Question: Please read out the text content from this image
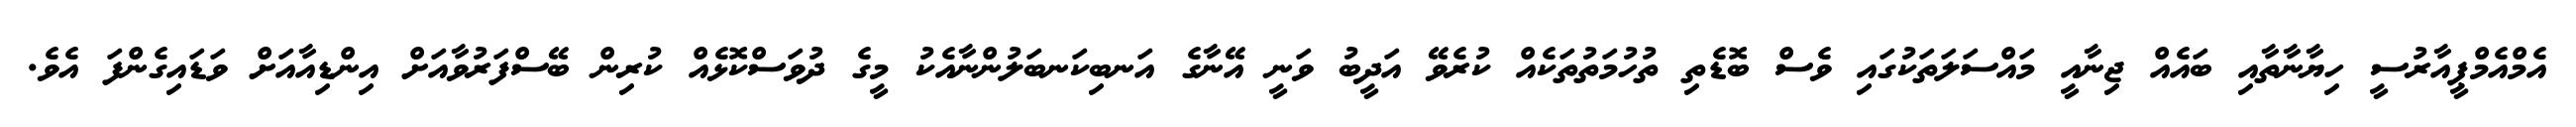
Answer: އެމްއެމްޕީއާރުސީ ހިޔާނާތާއި ބައެއް ޖިނާއީ މައްސަލަތަކުގައި ވެސް ބޮޑެތި ތުހުމަތުތަކެއް ކުރެވޭ އަދީބު ވަނީ އޭނާގެ އަނބިކަނބަލުންނާއެކު މީގެ ދުވަސްކޮޅެއް ކުރިން ބޭސްފަރުވާއަށް އިންޑިއާއަށް ވަޑައިގެންފަ އެވެ.